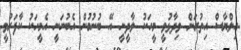
އިލްޔާސް އިތުރަށް ވިދާޅުވީ މީހަކު ލާދީނީ އޭ ބުނުމުން އެބުނަނީ އެމީހަކު ކާފަރުވީ